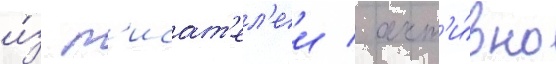
и́з п'исат'ел'еи / акт'и́вно